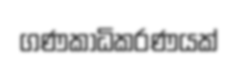
ගණකාධිකරණයක්